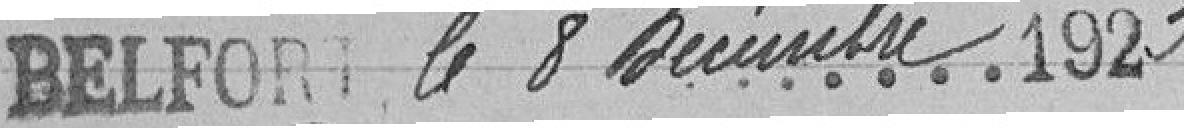
Belfort le 8 décembre 1923